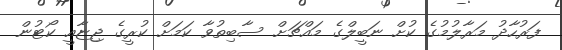
ފަރުހާދު މަރާލުމުގެ ކުށް ނަބީލްގެ މައްޗަށް ސާބިތުވާ ކަމަށް ކުރީގެ ޖިޏާއީ ކޯޓުން